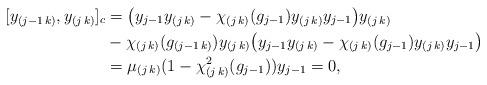
LaTeX: \begin{align*}[y_{(j-1\,k)}, y_{(j\,k)}]_c &= \big(y_{j-1} y_{(j\,k)} - \chi_{(j\,k)}(g_{j-1}) y_{(j\,k)}y_{j-1} \big) y_{(j\,k)} \\& - \chi_{(j\,k)}(g_{(j-1\,k)}) y_{(j\,k)} \big(y_{j-1} y_{(j\,k)} - \chi_{(j\,k)}(g_{j-1}) y_{(j\,k)}y_{j-1} \big) \\&= \mu_{(j\,k)}(1-\chi_{(j\,k)}^2(g_{j-1})) y_{j-1}=0,\end{align*}